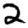
Digit: 2